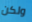
ولكن